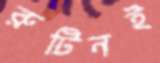
রুটিনই